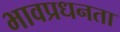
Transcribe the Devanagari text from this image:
भावप्रधनता